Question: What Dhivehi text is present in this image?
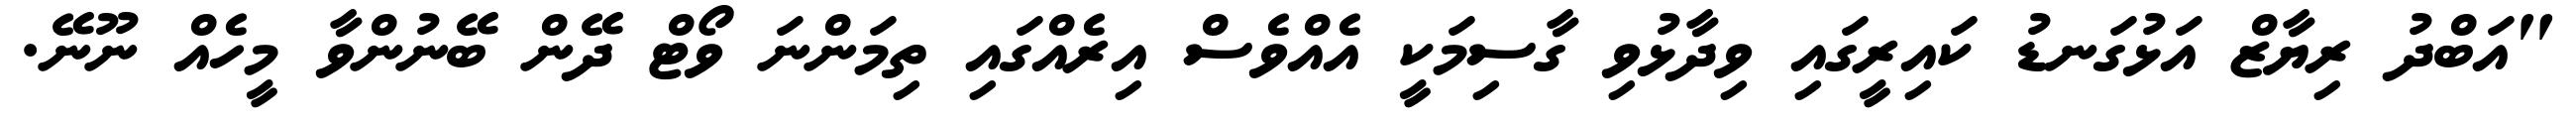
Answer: "އަބްދު ރިޔާޒް އަޅުގަނޑު ކައިރީގައި ވިދާޅުވި ގާސިމަކީ އެއްވެސް އިރެއްގައި ތިމަންނަ ވޯޓް ދޭން ބޭނުންވާ މީހެއް ނޫނޭ.